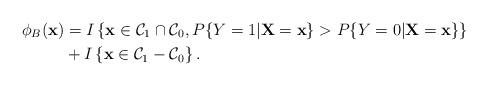
LaTeX: \begin{align*}\phi_{B}(\textbf{x})&= I \left\lbrace \textbf{x} \in \mathcal{C}_{1} \cap \mathcal{C}_{0}, P\{Y=1\vert \textbf{X} = \textbf{x}\} > P\{Y=0 \vert \textbf{X} = \textbf{x}\} \right\rbrace \\ &+ I \left\lbrace \textbf{x} \in \mathcal{C}_{1} - \mathcal{C}_{0}\right\rbrace.\end{align*}